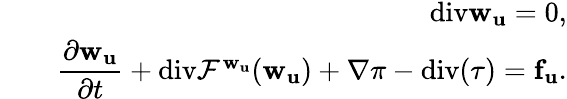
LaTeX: \begin{array}{rlr}&{}&{\mathrm{div}\mathbf{w}_{\mathbf{u}}=0,}\\ &{}&{{\displaystyle\frac{\partial\mathbf{w}_{\mathbf{u}}}{\partial t}}+{{\mathrm{div}\mathbf{{\cal F}^{\mathbf{w}_{\mathbf{u}}}}(\mathbf{w}_{\mathbf{u}}})}+{\nabla\pi}-\mathrm{div}(\tau)={\mathbf{f}_{\mathbf{u}}}.}\end{array}